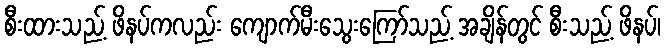
စီးထားသည့် ဖိနပ်ကလည်း ကျောက်မီးသွေးကြော်သည့် အချိန်တွင် စီးသည့် ဖိနပ်၊